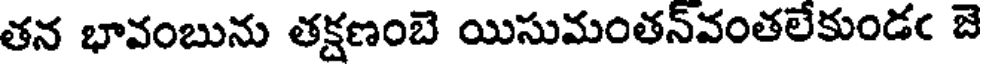
తన భావంబును తక్షణంబె యిసుమంతన్వంతలేకుండఁ బె